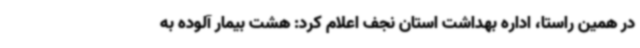
در همین راستا، اداره بهداشت استان نجف اعلام کرد: هشت بیمار آلوده به